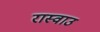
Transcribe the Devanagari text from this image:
रास्वाउ